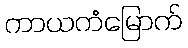
ကာယကံမြောက်